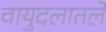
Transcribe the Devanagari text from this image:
वायुदलातले